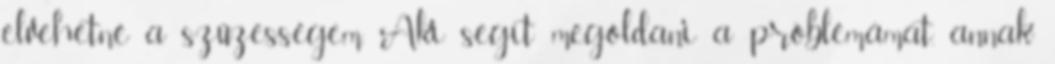
elvehetné a szűzességem. Aki segít megoldani a próblémámat, annak